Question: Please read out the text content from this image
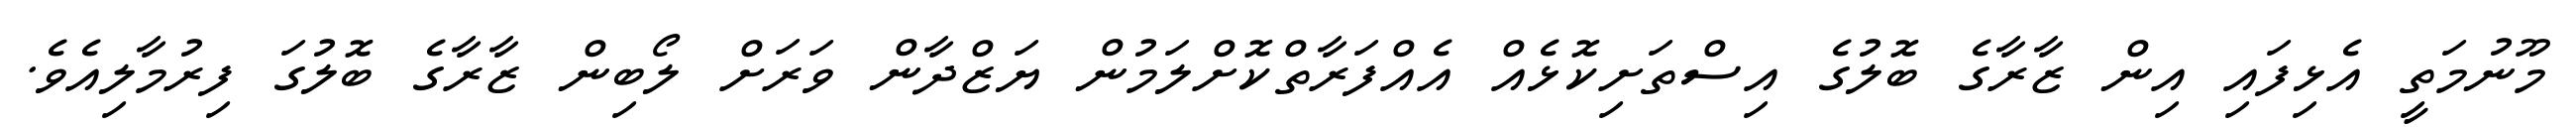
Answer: މޫނުމަތީ އެޅިފައި އިން ޒާރާގެ ބޮލުގެ އިސްތަށިކޮޅެއް އެއްފަރާތްކޮށްލަމުން ޔަޒްދާން ވަރަށް ލޯބިން ޒާރާގެ ބޮލުގަ ފިރުމާލިއެވެ.